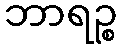
ဘာရဉ္စ